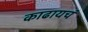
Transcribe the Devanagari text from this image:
काढायचं